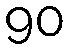
90